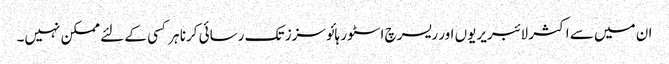
ان میں سے اکثر لائبریریوں اور ریسرچ اسٹور ہائوسزز تک رسائی کرنا ہر کسی کے لئے ممکن نہیں۔